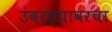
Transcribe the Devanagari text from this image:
उंबरठ्यावरचा